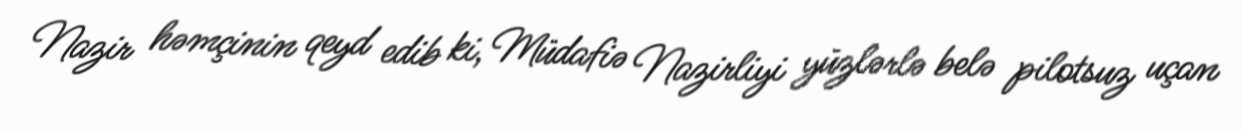
Nazir həmçinin qeyd edib ki, Müdafiə Nazirliyi yüzlərlə belə pilotsuz uçan